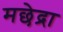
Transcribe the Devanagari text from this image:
मछेद्रा